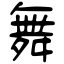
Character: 舞